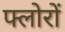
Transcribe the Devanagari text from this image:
फ्लोरों